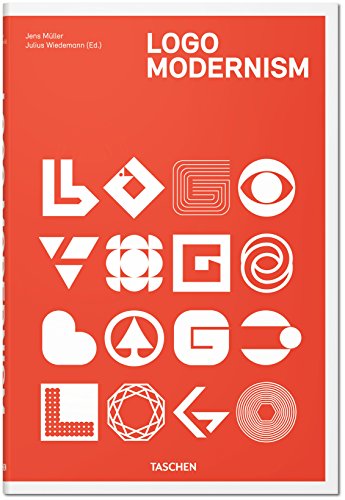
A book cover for Logo Modernism (English, French and German Edition); Jens MÃ¼ller; Arts & Photography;